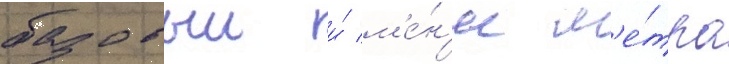
базовыи и́ м'е́н'ее м'е́тра